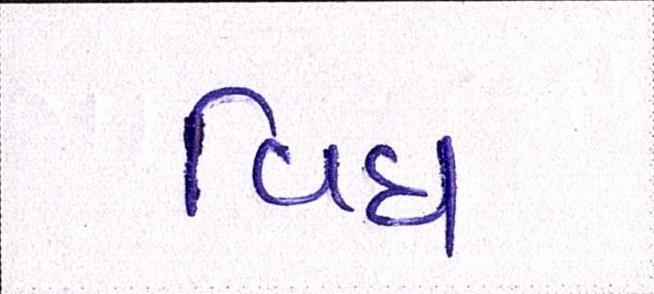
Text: વિધ